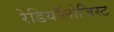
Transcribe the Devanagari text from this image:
रेडियॉलोजिस्ट